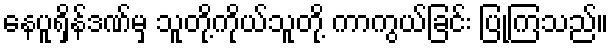
နေပူရှိန်ဒဏ်မှ သူတို့ကိုယ်သူတို့ ကာကွယ်ခြင်း ပြုကြသည်။